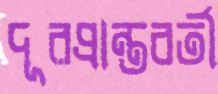
দূরপ্রান্তবর্তী